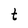
Character: t